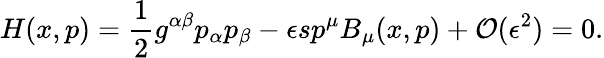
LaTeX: H(x,p)=\frac{1}{2}g^{\alpha\beta}p_{\alpha}p_{\beta}-\epsilon sp^{\mu}B_{\mu}(x,p)+\mathcal{O}(\epsilon^{2})=0.